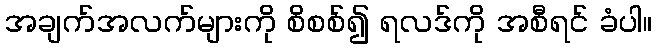
အချက်အလက်များကို စိစစ်၍ ရလဒ်ကို အစီရင် ခံပါ။